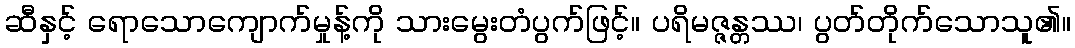
ဆီနှင့် ရောသောကျောက်မှုန့်ကို သားမွေးတံပွက်ဖြင့်။ ပရိမဇ္ဇန္တဿ၊ ပွတ်တိုက်သောသူ၏။